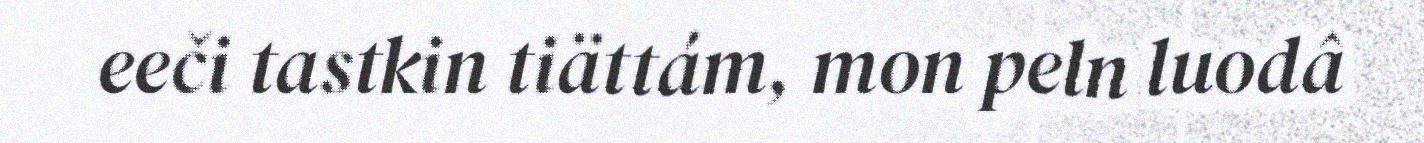
eeči tastkin tiättám, mon peln luodâ